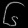
Digit: ၆